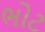
ભોટ